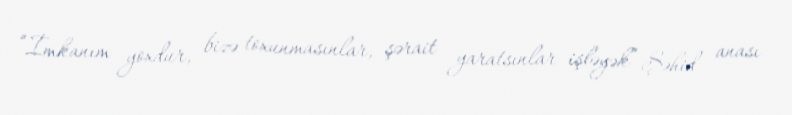
“İmkanım yoxdur, bizə toxunmasınlar, şərait yaratsınlar işləyək” Şəhid anası